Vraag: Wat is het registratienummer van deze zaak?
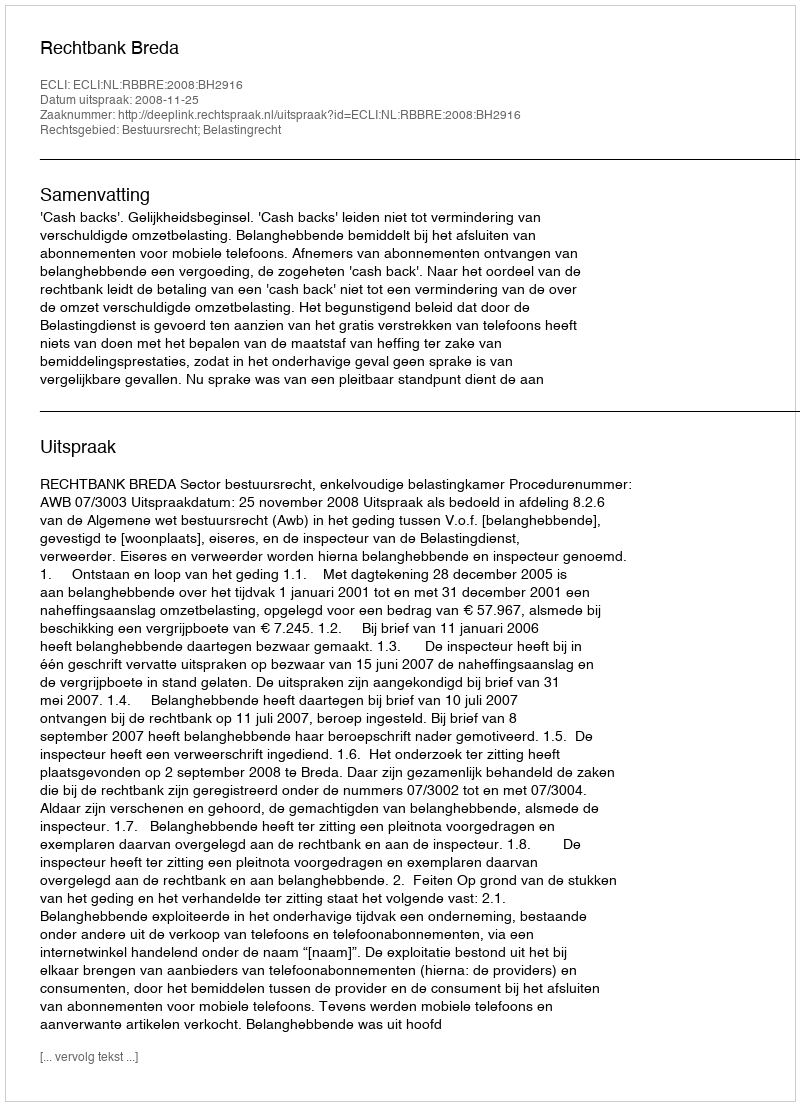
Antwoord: http://deeplink.rechtspraak.nl/uitspraak?id=ECLI:NL:RBBRE:2008:BH2916